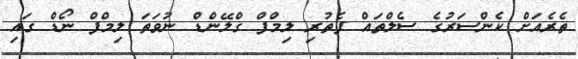
ތެރެއަށް ކެންސަރުގެ ސެލްތައް ފެތުރި ލިމްފް ގްލޭންޑް ނުވަތަ ލިމްފް ނޯޑް ގައި